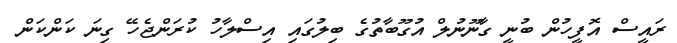
ރައީސް އޮފީހުން ބުނީ ގާނޫނުލް އުގޫބާތުގެ ބިލުގައި އިސްލާހު ކުރަންޖެހޭ ގިނަ ކަންކަން